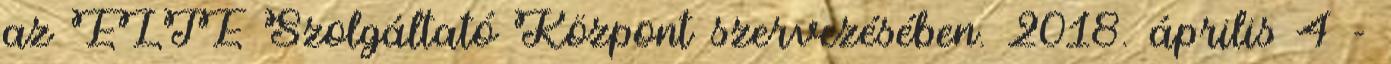
az ELTE Szolgáltató Központ szervezésében. 2018. április 4 -